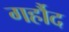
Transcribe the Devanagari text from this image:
गर्हौद